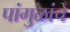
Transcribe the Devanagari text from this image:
पांगुळांचे